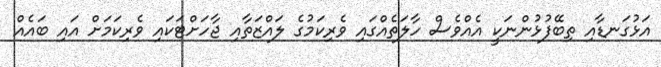
އަޅުގަނޑާއި ތިބޭފުޅުންނަކީ އެއްވެސް ހާލަތެއްގައި ވެރިކަމުގެ ލައްޒަތާއި ޖާހަށްޓަކައި ވެރިކަމަށް އައި ބައެއް